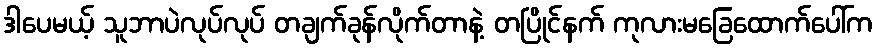
ဒါပေမယ့် သူဘာပဲလုပ်လုပ် တချက်ခုန်လိုက်တာနဲ့ တပြိုင်နက် ကုလားမခြေထောက်ပေါ်က